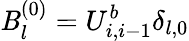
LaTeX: \mathit{B}_{l}^{(0)}=U_{i,i-1}^{b}\delta_{l,0}